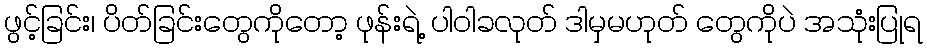
ဖွင့်ခြင်း၊ ပိတ်ခြင်းတွေကိုတော့ ဖုန်းရဲ့ ပါဝါခလုတ် ဒါမှမဟုတ် တွေကိုပဲ အသုံးပြုရ